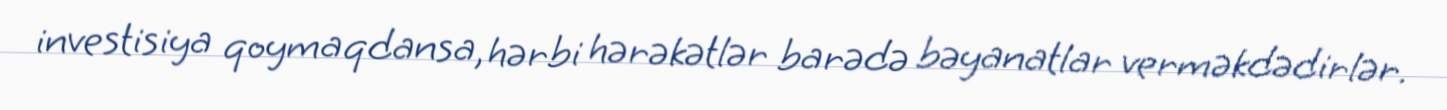
investisiya qoymaqdansa, hərbi hərəkətlər barədə bəyanatlar verməkdədirlər.